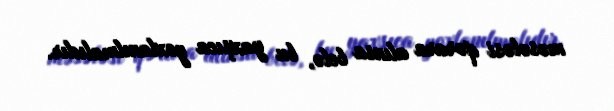
məsələsi qərara alınsa belə, bu yaxşıca yoxlanılmalıdır.